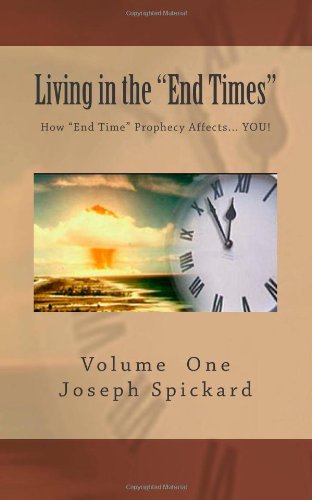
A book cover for Living in the  "End Times": How "End Time" Bible Prophecy Affects... YOU! (Volume 1); Joseph A Spickard; Christian Books & Bibles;